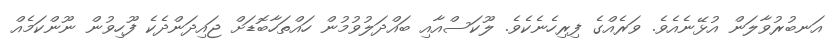
އަނބުރުވާލަން އުޅޭނެއެވެ. ވަރެއްގެ ފިރިހެނެކެވެ. ލޫކަސްއާއި ބައްދަލުވުމުން ހައްތަހާބޮޑަށް ޖައިދަންދެކެ ފޫހިވުން ނޫންކަމެއް